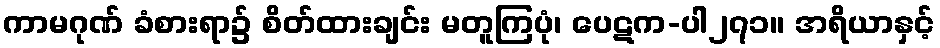
ကာမဂုဏ် ခံစားရာ၌ စိတ်ထားချင်း မတူကြပုံ၊ ပေဋက-ပါ၂၇၁။ အရိယာနှင့်